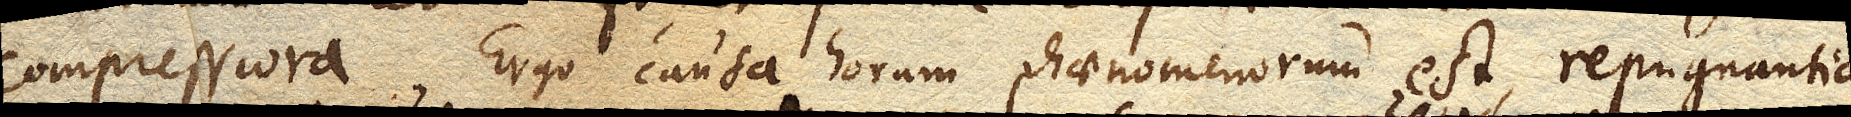
compressiora. Ergo causa horum phaenomenorum est, repugnantia